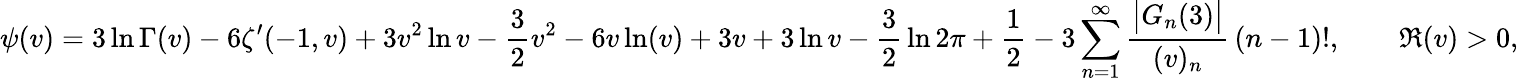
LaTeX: \psi(v)=3\ln\Gamma(v)-6\zeta^{\prime}(-1,v)+3v^{2}\ln{v}-{\frac{3}{2}}v^{2}-6v\ln(v)+3v+3\ln{v}-{\frac{3}{2}}\ln 2\pi+{\frac{1}{2}}-3\sum_{n=1}^{\infty}{\frac{{\big|}G_{n}(3){\big|}}{(v)_{n}}}\, (n-1)!,\qquad\Re(v)>0,